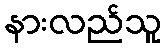
နားလည်သူ